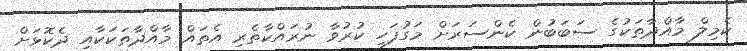
ކެމިލް މާއްދާތަކުގެ ސަބަބުން ކެންސަރަށް މަގުފަހި ކުރުވާ ނުރައްކާތެރި އެތައް މާއްދާތަކަކާއި ދެކޮޅަށް